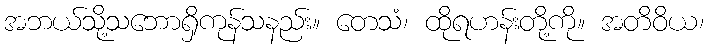
အဘယ်သို့သဘောရှိကုန်သနည်း။ တေသံ၊ ထိုရဟန်းတို့ကို။ အတိဝိယ၊